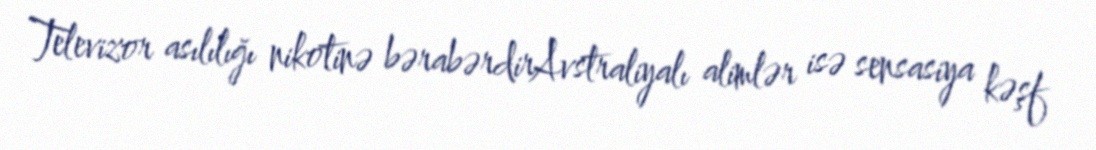
Televizor asılılığı nikotinə bərabərdirAvstraliyalı alimlər isə sensasiya kəşf